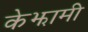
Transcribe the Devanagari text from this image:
केझामी